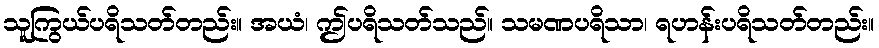
သူကြွယ်ပရိသတ်တည်း။ အယံ၊ ဤပရိသတ်သည်။ သမဏပရိသာ၊ ရဟန်းပရိသတ်တည်း။